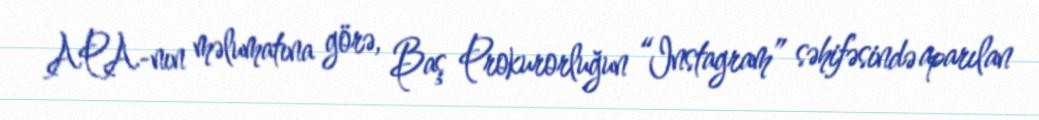
APA-nın məlumatına görə, Baş Prokurorluğun “Instagram” səhifəsində aparılan